Lunatic asylums Bombay report 1878-1890 - 1878-1890
Year: 1878
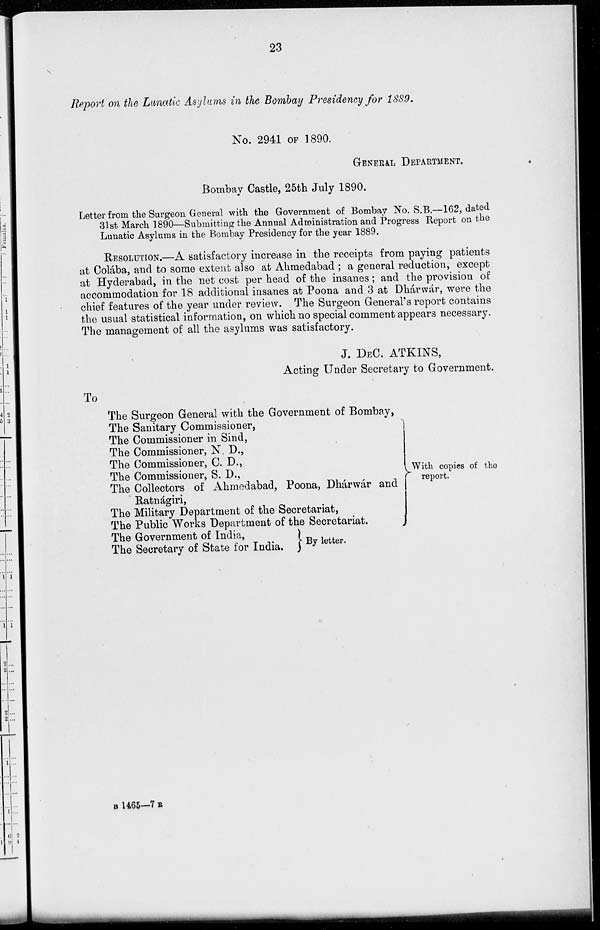
23
Report on the Lunatic Asylums in the Bombay Presidency for 1889.
No. 2941 OF 1890.
GENERAL DEPARTMENT.
Bombay Castle, 25th July 1890.
Letter from the Surgeon General with the Government of Bombay No. S.B.—162, dated
31st March 1890—Submitting the Annual Administration and Progress Report on the
Lunatic Asylums in the Bombay Presidency for the year 1889.
RESOLUTION.—A satisfactory increase in the receipts from paying patients
at Colába, and to some extent also at Ahmedabad ; a general reduction, except
at Hyderabad, in the net cost per head of the insanes; and the provision of
accommodation for 18 additional insanes at Poona and 3 at Dhárwár, were the
chief features of the year under review. The Surgeon General's report contains
the usual statistical information, on which no special comment appears necessary.
The management of all the asylums was satisfactory.
J. DEC, ATKINS,
Acting Under Secretary to Government.
To
The Surgeon General with the Government of Bombay,
The Sanitary Commissioner,
The Commissioner in Sind,
The Commissioner, N. D.,
The Commissioner, C. D.,
The Commissioner, S. D.,
The Collectors of Ahmedabad, Poona, Dhárwár and
Ratnágiri,
The Military Department of the Secretariat,
The Public Works Department of the Secretariat.
The Government of India,
The Secretary of State for India.
With copies of the
report.
By letter.
B 1465—7 R